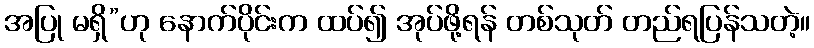
အပြု မရှိ”ဟု နောက်ပိုင်းက ထပ်၍ အုပ်ဖို့ရန် တစ်သုတ် တည်ရပြန်သတဲ့။